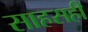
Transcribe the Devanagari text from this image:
साहसही